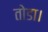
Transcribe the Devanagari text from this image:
तोडा।